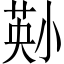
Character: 𫵄